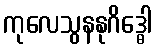
ကုလေသွနနုဂိဒ္ဓေါ